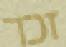
זכר